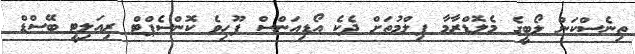
ތިނެސްކަން ލޯބީގެ މެލޮޑްރާމާ ފިލްމުތަށް ދެކެ އޯޑިއަންސް ފޫހިވެ ކޮންސެޕްޓް ރިއަލިޓީ ބޭސްޑް